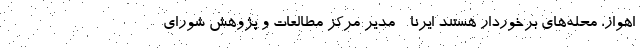
اهواز، محله‌های برخوردار هستند ایرنا - مدیر مرکز مطالعات و پژوهش شورای